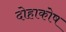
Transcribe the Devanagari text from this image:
दोहाकोष